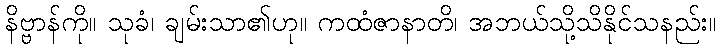
နိဗ္ဗာန်ကို။ သုခံ၊ ချမ်းသာ၏ဟု။ ကထံဇာနာတိ၊ အဘယ်သို့သိနိုင်သနည်း။